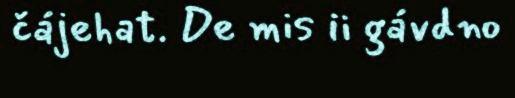
čájehat. De mis ii gávdno